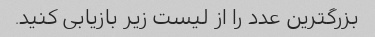
بزرگترین عدد را از لیست زیر بازیابی کنید.